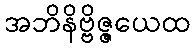
အဘိနိဗ္ဗိဇ္ဇယေထ